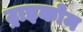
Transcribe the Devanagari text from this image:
ट्राइकोम